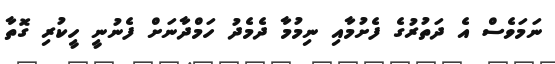
ނަމަވެސް އެ ދަތުރުގެ ފެށުމާއި ނިމުމާ ދެމެދު ހަމްދާނަށް ފެނުނީ ހީކުރި ގޮތާ